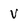
Character: v